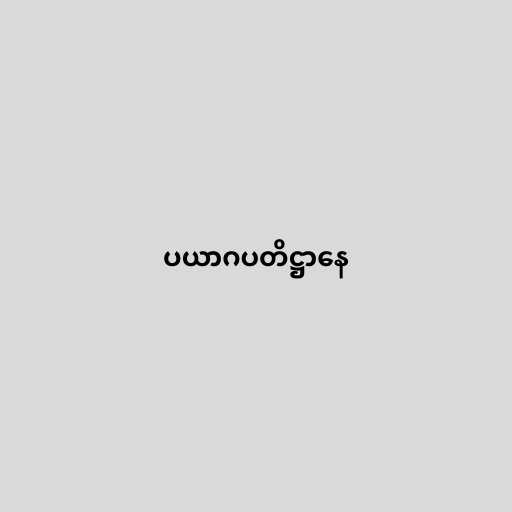
ပယာဂပတိဋ္ဌာနေ